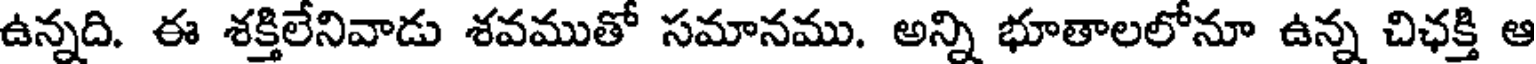
ఉన్నది. ఈ శక్తిలేనివాడు శవముతో సమానము. అన్ని భూతాలలోనూ ఉన్న చిఛక్తి ఆ